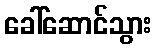
ခေါ်ဆောင်သွား